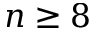
n \geq 8